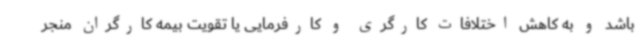
باشد و به کاهش اختلافات کارگری و کارفرمایی یا تقویت بیمه کارگران منجر